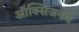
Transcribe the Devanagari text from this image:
ऑक्‍सिजनचे